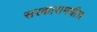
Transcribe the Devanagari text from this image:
सरकारामधील